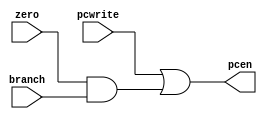
`timescale 1ns/10ps

module pc_controller(input pcwrite,
                     input branch,
                     input zero,
                     output pcen);

    //wire and_out;

    //and pc_and(and_out, branch, zero);
    //or pc_or(pcen, pcwrite, and_out);
    assign pcen = pcwrite | (zero & branch);

endmodule // pc_controller